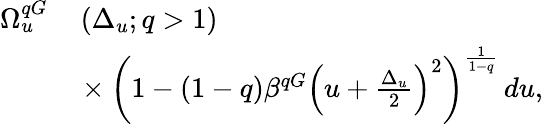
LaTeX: \begin{array}{rl}{\Omega_{u}^{qG}}&{{}\left(\Delta_{u};q>1\right)}\\ {\quad}&{{}\times\left(1-(1-q)\beta^{qG}\left(u+\frac{\Delta_{u}}{2}\right)^{2}\right)^{\frac{1}{1-q}}\, du,}\end{array}